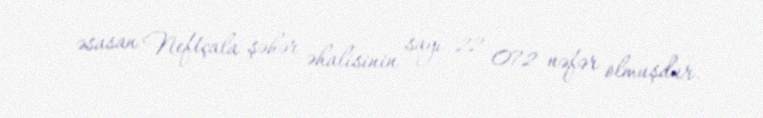
əsasan Neftçala şəhər əhalisinin sayı 22 072 nəfər olmuşdur.